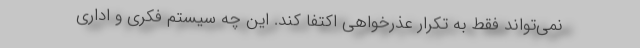
نمی‌تواند فقط به تکرار عذرخواهی اکتفا کند. این چه سیستم فکری و اداری